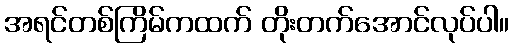
အရင်တစ်ကြိမ်ကထက် တိုးတက်အောင်လုပ်ပါ။